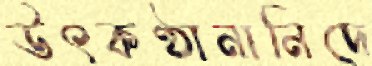
উৎকণ্ঠানানিদে